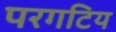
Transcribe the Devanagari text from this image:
परगटिय